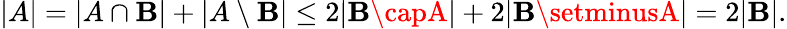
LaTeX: |A|=|A\cap\mathbf{B}|+|A\setminus\mathbf{B}|\leq2|\mathbf{B}\capA|+2|\mathbf{B}\setminusA|=2|\mathbf{B}|.